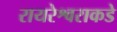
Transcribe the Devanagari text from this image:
रायरेश्वराकडे